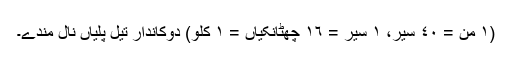
(١ من = ٤٠ سیر، ١ سیر = ١٦ چھٹانکیاں = ١ کِلو) دوکاندار تیل پلیاں نال مِندے۔